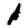
Digit: 1